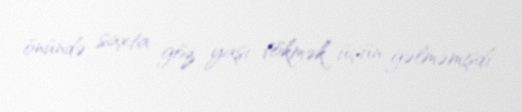
önündə saxta göz yaşı tökmək üçün gəlməmişdi.